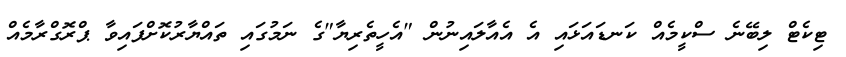
ޓިކެޓް ލިބޭނެ ސްކީމެއް ކަނޑައަޅައި އެ އެއާލައިނުން "އެހީތެރިޔާ"ގެ ނަމުގައި ތައްޔާރުކޮށްފައިވާ ޕްރޮގްރާމެއް